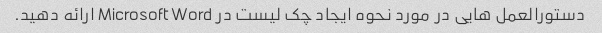
دستورالعمل هایی در مورد نحوه ایجاد چک لیست در Microsoft Word ارائه دهید.